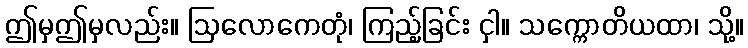
ဤမှဤမှလည်း။ ဩလောကေတုံ၊ ကြည့်ခြင်း ငှါ။ သက္ကောတိယထာ၊ သို့။